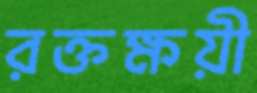
রক্তক্ষয়ী